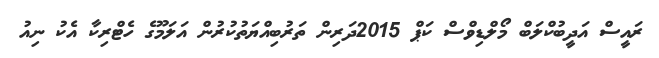
ރައީސް އަދީބުކްލަބް މޯލްޑިވްސް ކަޕް 2015ދަރިން ތަރުބިއްޔަތުކުރުން އަލަމޫގެ ހެޓްރިކާ އެކު ނިއު